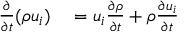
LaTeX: \begin{array} { r l } { { \frac { \partial } { \partial t } } ( \rho u _ { i } ) } & { { } = u _ { i } { \frac { \partial \rho } { \partial t } } + \rho { \frac { \partial u _ { i } } { \partial t } } } \end{array}